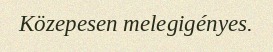
Közepesen melegigényes.